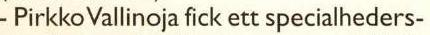
Pirkko Vallinoja fick ett specialheders-